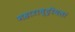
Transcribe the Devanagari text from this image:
महाराष्ट्रीयला